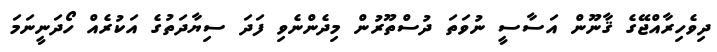
ދިވެހިރާއްޖޭގެ ޤާނޫން އަސާސީ ނުވަތަ ދުސްތޫރުން މިދެންނެވި ފަދަ ސިޔާދަތުގެ އަކުރެއް ހޯދަނީނަމަ